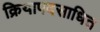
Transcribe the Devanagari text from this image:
क्रियापदसाधित